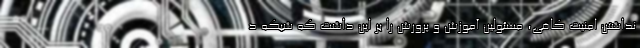
نداشتن امنیت کافی، مسئولین آموزش و پرورش را بر این داشت که شبکه د